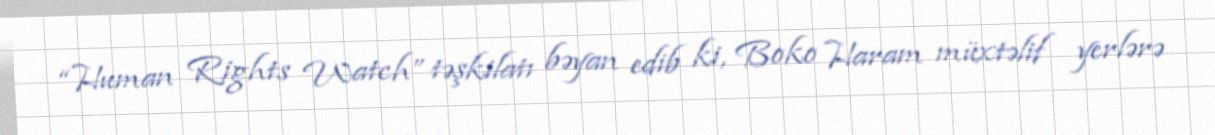
“Human Rights Watch” təşkilatı bəyan edib ki, Boko Haram müxtəlif yerlərə